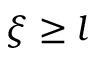
\xi \ge l